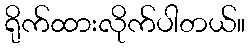
ရိုက်ထားလိုက်ပါတယ်။